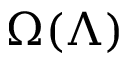
\Omega ( \Lambda )